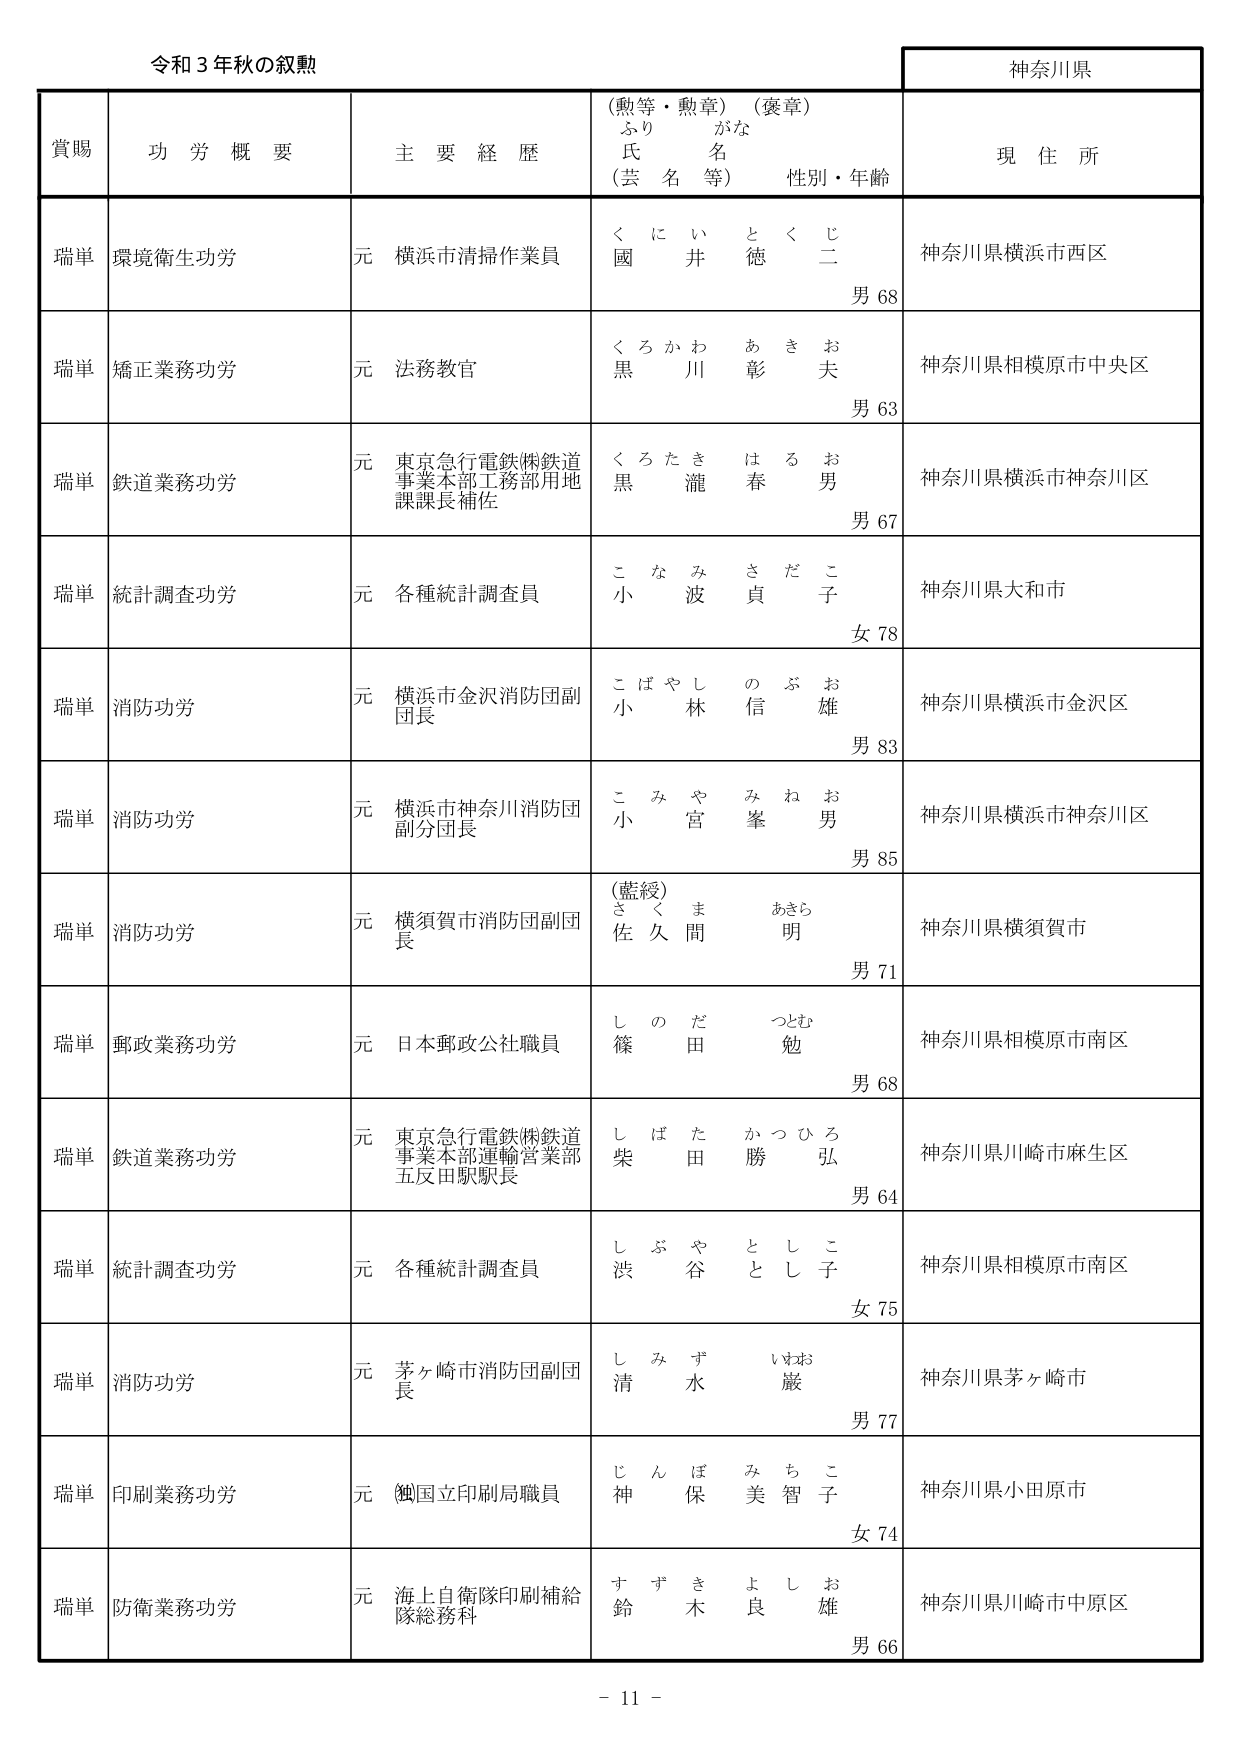
令和３年秋の叙勲

神奈川県

賞賜　功労概要　主要経歴　（勲等・勲章）（褒章）　ふりがな　氏名　（芸名等）　性別・年齢　現住所

瑞単　環境衛生功労　元横浜市清掃作業員　くにい　とくじ　國井徳二　男68　神奈川県横浜市西区

瑞単　矯正業務功労　元法務教官　くろかわ　あきお　黒川彰夫　男63　神奈川県相模原市中央区

瑞単　鉄道業務功労　元東京急行電鉄㈱鉄道事業本部工務部用地課課長補佐　くろたき　はるお　黒瀧春男　男67　神奈川県横浜市神奈川区

瑞単　統計調査功労　元各種統計調査員　こなみ　さだこ　小波貞子　女78　神奈川県大和市

瑞単　消防功労　元横浜市金沢消防団副団長　こばやし　のぶお　小林信雄　男83　神奈川県横浜市金沢区

瑞単　消防功労　元横浜市神奈川消防団副分団長　こみや　みねお　小宮峯男　男85　神奈川県横浜市神奈川区

瑞単　消防功労　元横須賀市消防団副団長　（藍綬）　さくま　あきら　佐久間明　男71　神奈川県横須賀市

瑞単　郵政業務功労　元日本郵政公社職員　しのだ　つとむ　篠田勉　男68　神奈川県相模原市南区

瑞単　鉄道業務功労　元東京急行電鉄㈱鉄道事業本部運輸営業部五反田駅駅長　しばた　かつひろ　柴田勝弘　男64　神奈川県川崎市麻生区

瑞単　統計調査功労　元各種統計調査員　しぶや　としこ　渋谷としこ　女75　神奈川県相模原市南区

瑞単　消防功労　元茅ヶ崎市消防団副団長　しみず　いすお　清水巌　男77　神奈川県茅ヶ崎市

瑞単　印刷業務功労　元（鯉国立印刷局職員　じんぼ　みちこ　神保美智子　女74　神奈川県小田原市

瑞単　防衛業務功労　元海上自衛隊印刷補給隊総務科　すずき　よしお　鈴木良雄　男66　神奈川県川崎市中原区

－11－